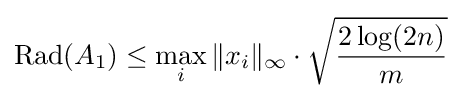
\operatorname {Rad} (A_{1})\leq \max _{i}\|x_{i}\|_{\infty }\cdot {\sqrt {2\log(2n) \over m}}